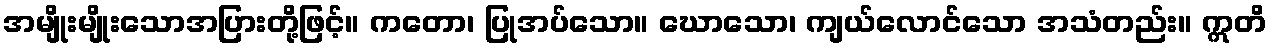
အမျိုးမျိုးသောအပြားတို့ဖြင့်။ ကတော၊ ပြုအပ်သော။ ဃောသော၊ ကျယ်လောင်သော အသံတည်း။ ဣတိ